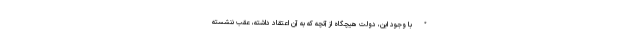
* با وجود این، دولت هیچگاه از آنچه که به آن اعتقاد داشته، عقب ننشسته